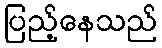
ပြည့်နေသည်